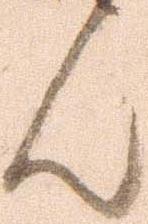
ん